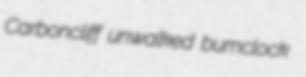
Carboncliff unwalked bumclock